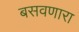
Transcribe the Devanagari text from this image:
बसवणारा